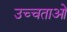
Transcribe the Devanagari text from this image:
उच्चताओं